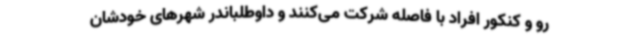
رو و کنکور افراد با فاصله شرکت می‌کنند و داوطلباندر شهرهای خودشان